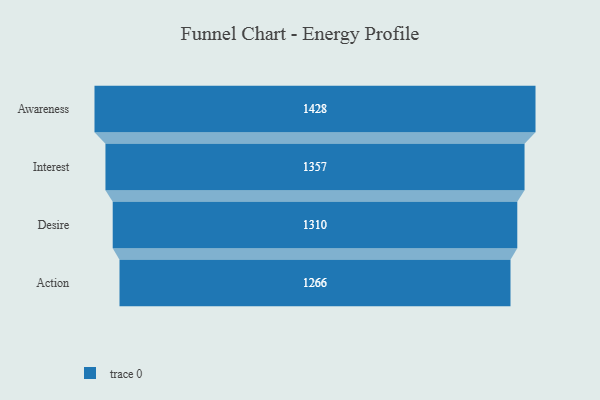
{"axis": {"x": "Stage", "y": "Value"}, "legend": [""], "data": [{"x": "Awareness", "y": 1428.0, "type": ""}, {"x": "Interest", "y": 1357.0, "type": ""}, {"x": "Desire", "y": 1310.0, "type": ""}, {"x": "Action", "y": 1266.0, "type": ""}]}